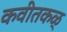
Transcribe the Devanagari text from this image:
कवीतकळ्